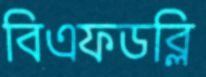
বিএফডব্লি